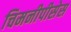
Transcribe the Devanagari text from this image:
चिमनीपीसेस